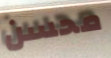
محسن